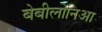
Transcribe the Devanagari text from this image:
बेबीलोनिआ